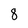
Character: 8